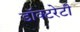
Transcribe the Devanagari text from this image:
डॉक्टरेटी